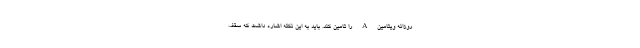
روزانه ویتامین A را تامین کند. باید به این نکته اشاره داشت که سقف